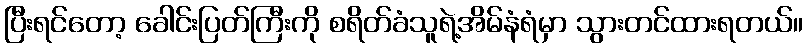
ပြီးရင်တော့ ခေါင်းပြတ်ကြီးကို စရိတ်ခံသူရဲ့အိမ်နံရံမှာ သွားတင်ထားရတယ်။